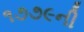
૧૭૭૯ની